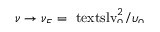
\smash { \nu \to \nu _ { E } = \ensuremath { \mathrm { \ t e x t s l { v } } _ { 0 } } ^ { 2 } / \upsilon _ { 0 } }